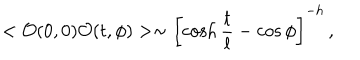
LaTeX: < { \cal O } ( 0 , 0 ) { \cal O } ( t , \phi ) > \sim \left[ \cosh \frac t l - \cos \phi \right] ^ { - h } \, ,